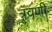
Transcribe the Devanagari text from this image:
त्रवणी